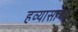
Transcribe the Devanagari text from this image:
हव्यासाचा